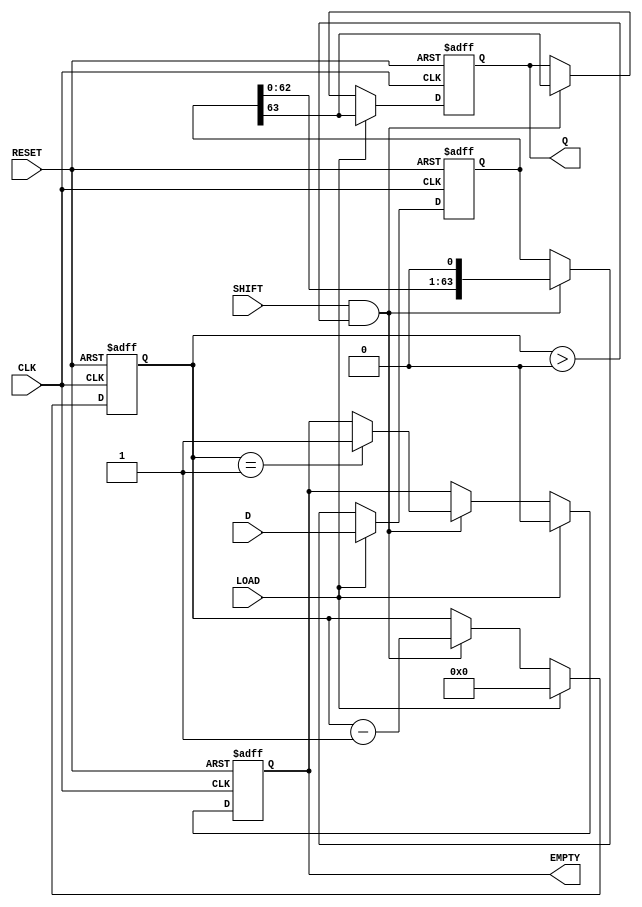
module PISO_Register (
    input wire [63:0] D,      // 64-bit data input
    input wire LOAD,          // Load control signal
    input wire CLK,           // Clock signal
    input wire SHIFT,         // Shift control signal
    input wire RESET,         // Asynchronous reset signal
    output reg Q,             // Serial output
    output reg EMPTY          // Empty status signal
);

    reg [63:0] shift_reg;     // 64-bit shift register
    reg [5:0] count;          // Bit counter for shifting

    // Asynchronous reset
    always @(posedge CLK or posedge RESET) begin
        if (RESET) begin
            shift_reg <= 64'b0; // Clear the register
            Q <= 1'b0;          // Clear serial output
            EMPTY <= 1'b1;      // Register is empty
            count <= 6'b0;      // Reset counter
        end else begin
            if (LOAD) begin
                shift_reg <= D;  // Load data into the register
                Q <= shift_reg[63]; // Output the MSB
                EMPTY <= 1'b0;   // Register is not empty
                count <= 6'd64;  // Set count to 64 (all bits loaded)
            end else if (SHIFT && count > 0) begin
                Q <= shift_reg[63]; // Output the MSB
                shift_reg <= {shift_reg[62:0], 1'b0}; // Shift left
                count <= count - 1; // Decrement count
                if (count == 1) begin
                    EMPTY <= 1'b1; // Register is empty after last bit
                end
            end
        end
    end

endmodule